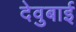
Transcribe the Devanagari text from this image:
देवुबाई